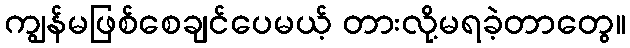
ကျွန်မဖြစ်စေချင်ပေမယ့် တားလို့မရခဲ့တာတွေ။